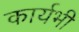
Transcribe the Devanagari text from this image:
कार्यभी